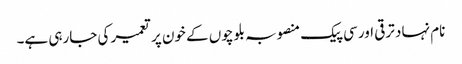
نام نہاد ترقی اور سی پیک منصوبہ بلوچوں کے خون پر تعمیر کی جارہی ہے۔